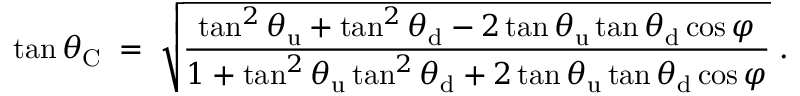
\tan \theta _ { \mathrm { C } } \; = \; \sqrt { \frac { \tan ^ { 2 } \theta _ { \mathrm { u } } + \tan ^ { 2 } \theta _ { \mathrm { d } } - 2 \tan \theta _ { \mathrm { u } } \tan \theta _ { \mathrm { d } } \cos \varphi } { 1 + \tan ^ { 2 } \theta _ { \mathrm { u } } \tan ^ { 2 } \theta _ { \mathrm { d } } + 2 \tan \theta _ { \mathrm { u } } \tan \theta _ { \mathrm { d } } \cos \varphi } } \; .